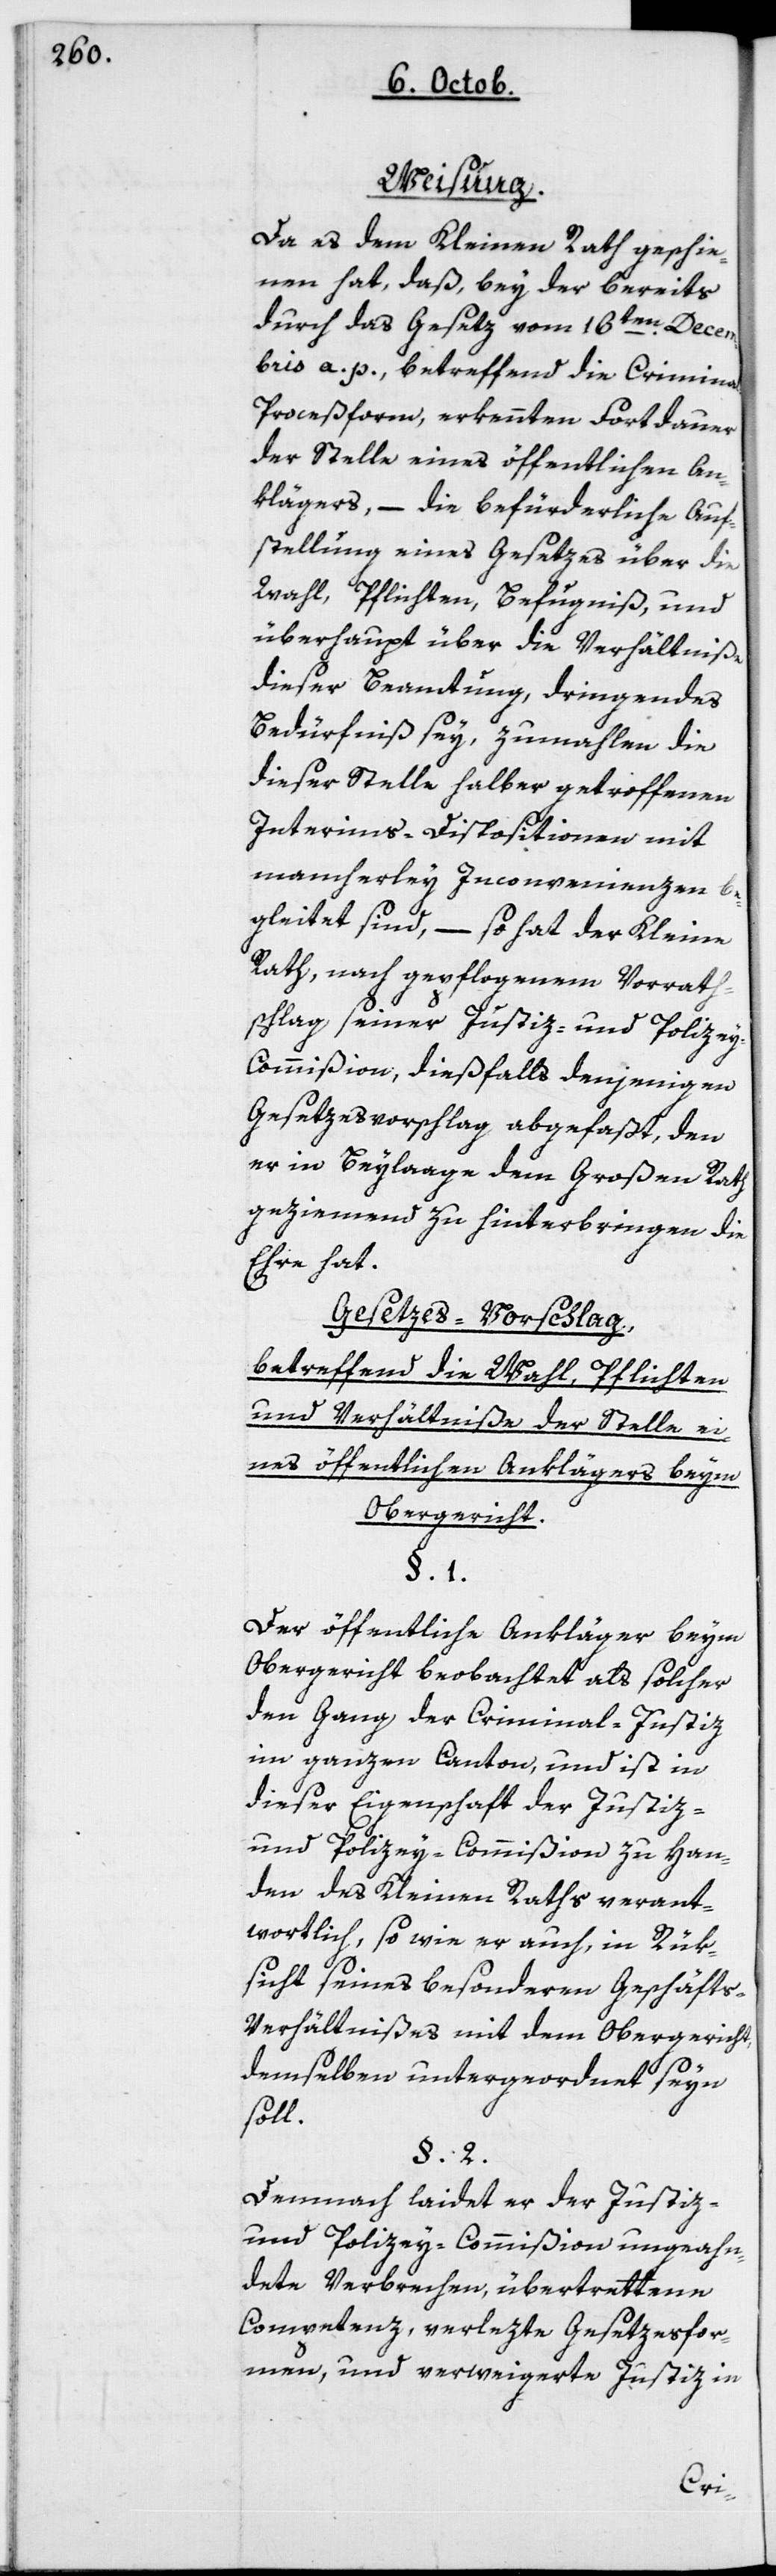
Weisung.
Da es dem Kleinen Rath geschie¬
nen hat, daß bey der bereits
durch das Gesetz vom 16ten Decem¬
bris a. p. betreffend die Crimina¬
l-Proceßform, erkennten Fortdauer
der Stelle eines öffentlichen An¬
klägers, – die befürderliche Auf¬
stellung eines Gesetzes über die
Wahl, Pflichten, Befugniß und
überhaupt über die Verhältniße
dieser Beamtung, dringendes
Bedürfnis sey, zumahlen die
dieser Stelle halber getroffenen
Interims-Dispositionen mit
mancherley Inconvenienzen be¬
gleitet sind, – so hat der Kleine
Rath nach gepflogenem Vorrath¬
schlag seiner Justiz- und Police¬
y-Commißion dießfalls denjenigen
Gesetzesvorschlag abgefaßt, den
er in Beylaage dem Großen Rath
geziemend zu hinterbringen die
Ehre hat.
Gesetzes-Vorschlag
betreffend die Wahl, Pflichten
und Verhältniße der Stelle ei¬
nes öffentlichen Anklägers beym
Obergericht.
Der öffentliche Ankläger beym
Obergericht beobachtet als solcher
den Gang der Criminal-Justiz
im ganzen Canton, und ist in
dieser Eigenschaft der Justiz-
und Policey-Commißion zu Han¬
den des Kleinen Raths verant¬
wortlich, so wie er auch, in Rük¬
sicht seines besonderen Geschäft¬
s-Verhältnißes mit dem Obergericht,
demselben untergeordnet sein
soll.
Demnach laidet er der Justiz-
und Policey-Commißion ungeahn¬
dete Verbrechen, übertrettene
Competenz, verlezte Gesetzesfor¬
men und verweigerte Justiz in